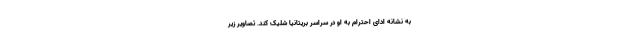
به نشانه ادای احترام به او در سراسر بریتانیا شلیک کند. تصاویر زیر